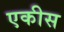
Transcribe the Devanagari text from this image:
एकीस